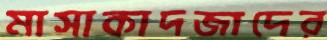
মাসাকাদজাদের